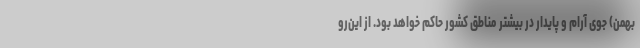
بهمن) جوی آرام و پایدار در بیشتر مناطق کشور حاکم خواهد بود. از این‌رو